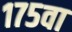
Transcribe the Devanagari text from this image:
१७५वा